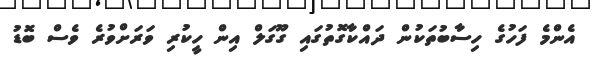
އެންމެ ފަހުގެ ހިސާބުތަކުން ދައްކާގޮތުގައި ގޫގަލް އިން ހީކުރި ވަރަށްވުރެ ވެސް ބޮޑު